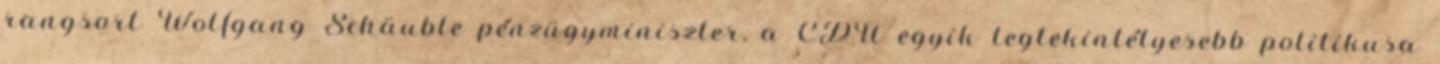
rangsort Wolfgang Schäuble pénzügyminiszter, a CDU egyik legtekintélyesebb politikusa